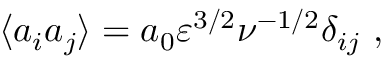
\langle a _ { i } a _ { j } \rangle = a _ { 0 } \varepsilon ^ { 3 / 2 } \nu ^ { - 1 / 2 } \delta _ { i j } \ ,